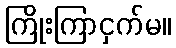
ကြိုးကြာငှက်မ။